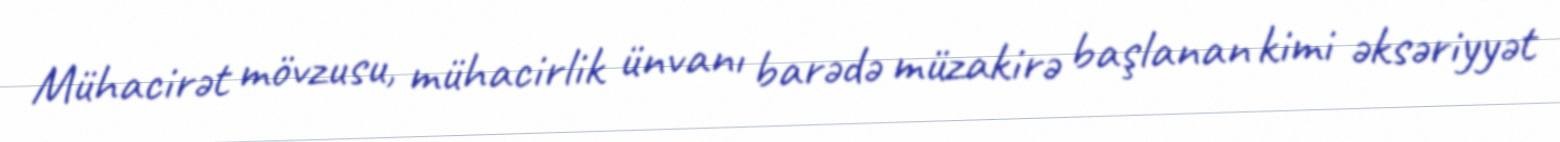
Mühacirət mövzusu, mühacirlik ünvanı barədə müzakirə başlanan kimi əksəriyyət